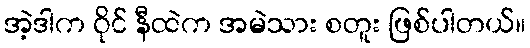
အဲ့ဒါက ဝိုင် နီထဲက အမဲသား စတူး ဖြစ်ပါတယ်။